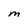
Character: M